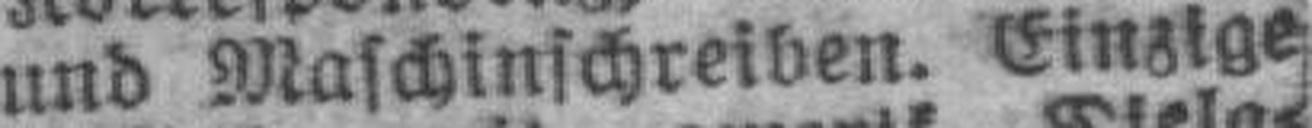
und Maschinschreiben. Einzige